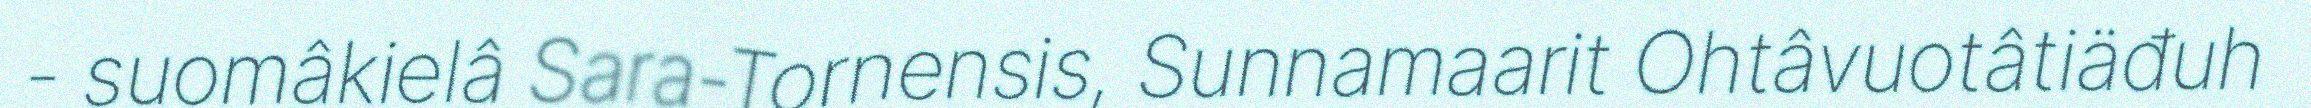
- suomâkielâ Sara-Tornensis, Sunnamaarit Ohtâvuotâtiäđuh